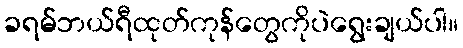
ခရမ်ဘယ်ရီထုတ်ကုန်တွေကိုပဲရွေးချယ်ပါ။